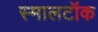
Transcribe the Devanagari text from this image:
स्मालटॉक